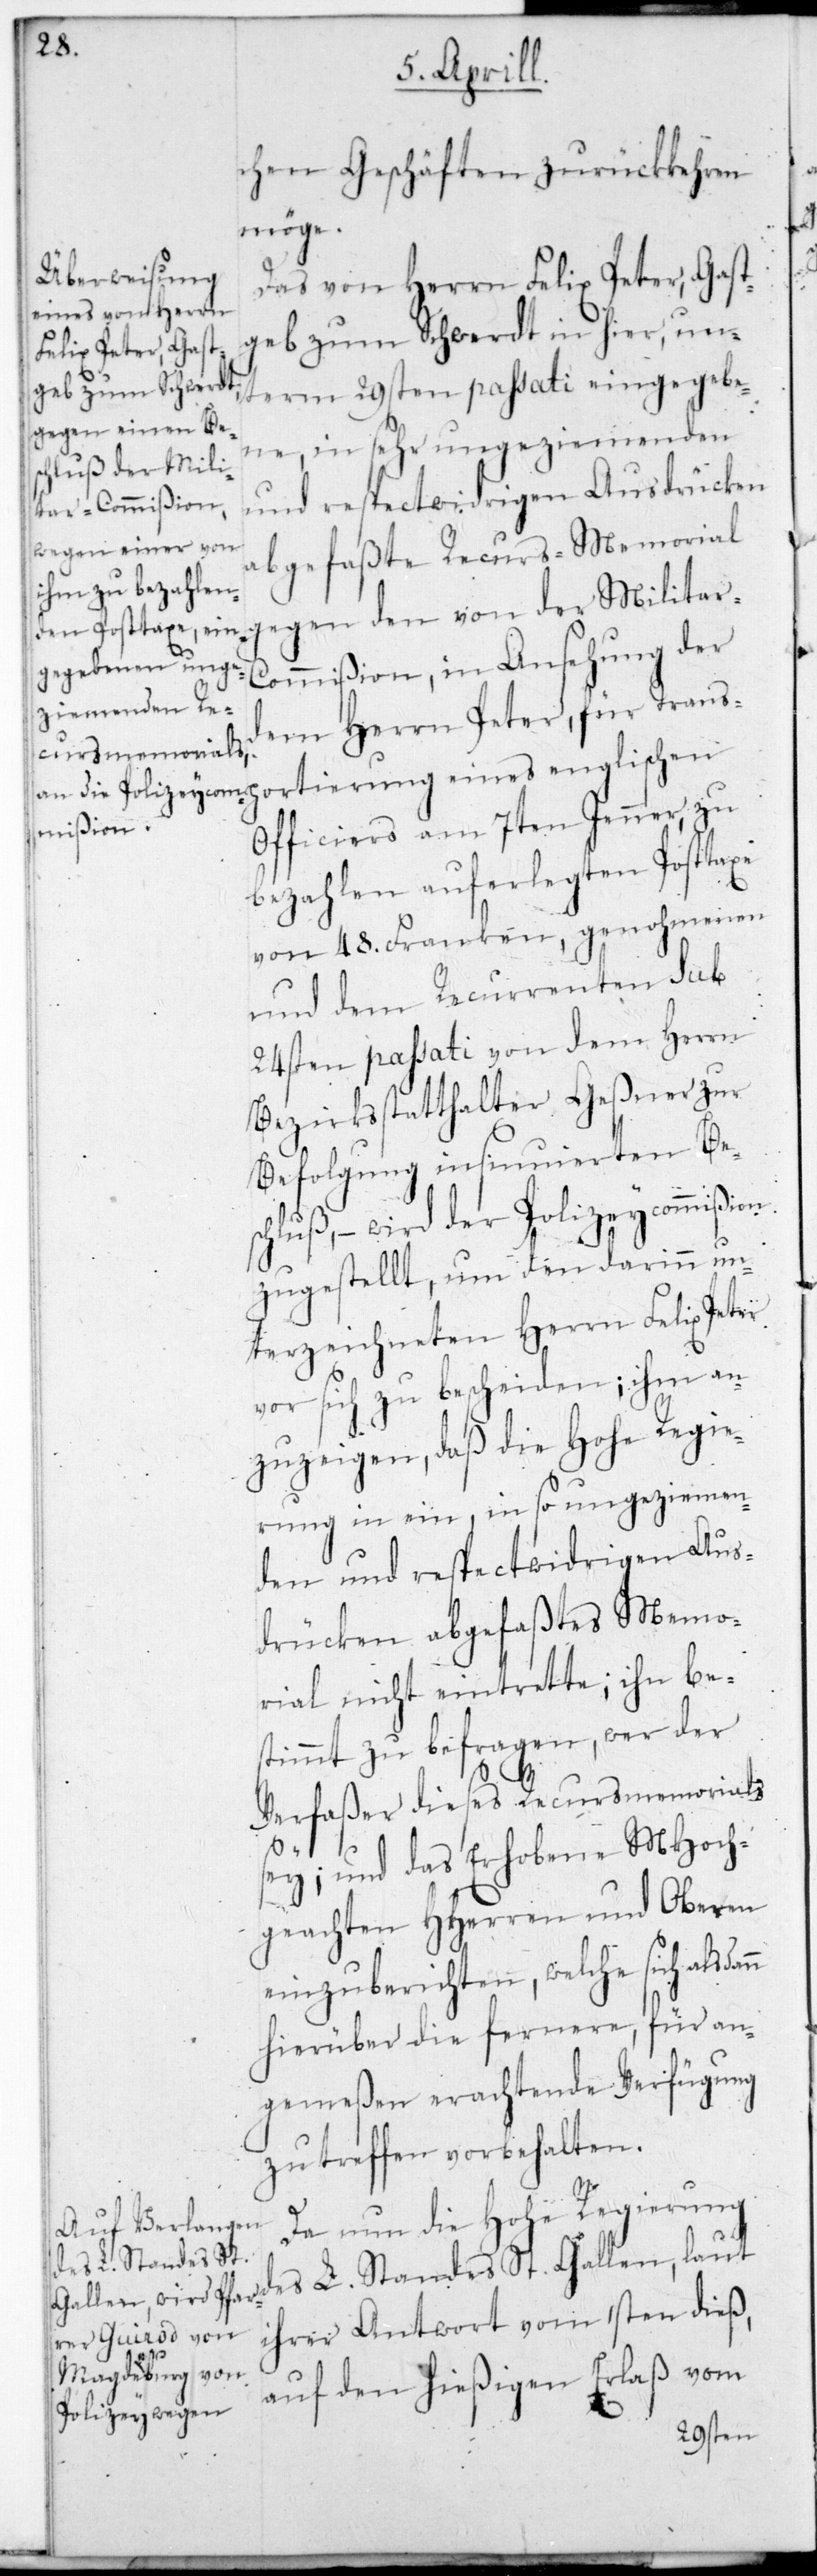
nn

chen Geschäften zurückkehren
möge.
Das von Herrn Felix Peter, Gast¬
geb zum Schwerdt in hier, un¬
term 29sten passati eingegebe¬
ne, in sehr ungeziemenden
und respectwidrigen Ausdrücken
abgefaßte Recurs-Memorial
gegen den von der Militar-C¬
ommißion, in Ansehung der
dem Herrn Peter, für Transp¬
ortierung eines Englischen
Officiers am 7ten Jenner, zu
bezahlen auferlegten Posttaxe
und dem Recurrenten sub
24sten passati von dem Herrn
Bezirksstatthalter Geßner zur
Befolgung insinuierten Bes¬
chluß, – wird der Polizey-Commißion
zugestellt, um den darinn un¬
terzeichneten Herrn Felix Peter
vor sich zu bescheiden; ihm an¬
zuzeigen, daß die Hohe Regie¬
rung in ein, in so ungeziemen¬
den und respectwidrigen Aus¬
drücken abgefaßtes Memo¬
rial nicht eintrete; ihn be¬
stimmt zu befragen, wer der
Verfaßer dieses Recursmemorials
sei; und das Erhobene MHoch¬
geachten HHerren und Oberen
einzuberichten, welche sich alsda¬
hierüber die fernere, für an¬
gemeßen erachtende Verfügung
zu treffen vorbehalten.
Da nun die Hohe Regierung
des L. Standes St. Gallen, laut
ihrer Antwort vom 1sten dieß,
auf den hießigen Erlaß vom